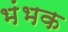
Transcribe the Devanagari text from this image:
भंभक